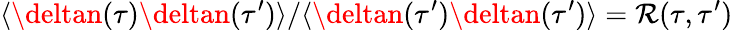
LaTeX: {\langle\deltan(\tau)\deltan(\tau^{\prime})\rangle}/{\langle\deltan(\tau^{\prime})\deltan(\tau^{\prime})\rangle}=\mathcal{R}(\tau,\tau^{\prime})